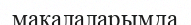
мақалаларымда